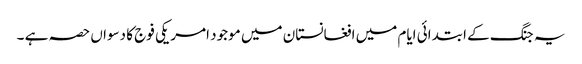
یہ جنگ کے ابتدائی ایام میں افغانستان میں موجود امریکی فوج کا دسواں حصہ ہے ۔